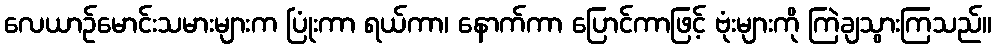
လေယာဉ်မောင်းသမားများက ပြုံးကာ ရယ်ကာ၊ နောက်ကာ ပြောင်ကာဖြင့် ဗုံးများကို ကြဲချသွားကြသည်။